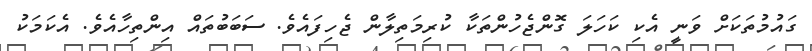
ގައުމުތަކަށް ވަނީ އެކި ކަހަލަ ގޮންޖެހުންތަކާ ކުރިމަތިލާން ޖެހިފައެވެ. ސަބަބުތައް އިންތިހާއެވެ. އެކަމަކު